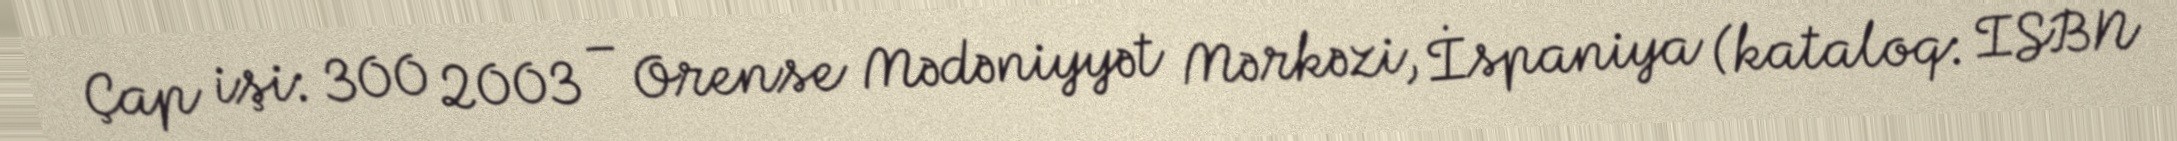
Çap işi: 300 2003 – Orense Mədəniyyət Mərkəzi, İspaniya (kataloq: ISBN